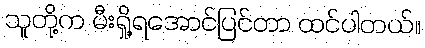
သူတို့က မီးရှို့ရအောင်ပြင်တာ ထင်ပါတယ်။